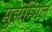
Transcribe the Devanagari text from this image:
मुझम्मिल